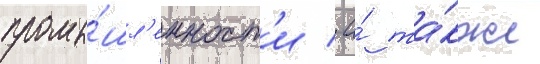
промы́шл'енност'и / а́ та́кже